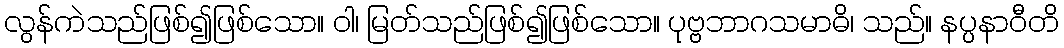
လွန်ကဲသည်ဖြစ်၍ဖြစ်သော။ ဝါ၊ မြတ်သည်ဖြစ်၍ဖြစ်သော။ ပုဗ္ဗဘာဂသမာဓိ၊ သည်။ နပ္ပနာဝီတိ